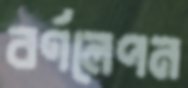
বর্ণলেপন